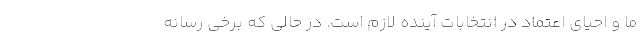
ما و احیای اعتماد در انتخابات آینده لازم است. در حالی که برخی رسانه